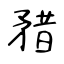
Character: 矠